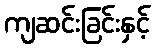
ကျဆင်းခြင်းနှင့်